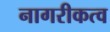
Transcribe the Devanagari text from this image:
नागरीकत्व